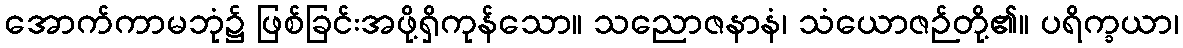
အောက်ကာမဘုံ၌ ဖြစ်ခြင်းအဖို့ရှိကုန်သော။ သညောဇနာနံ၊ သံယောဇဉ်တို့၏။ ပရိက္ခယာ၊